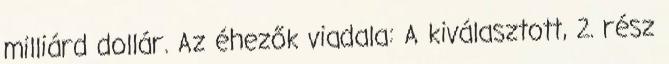
milliárd dollár. Az éhezők viadala: A kiválasztott, 2. rész